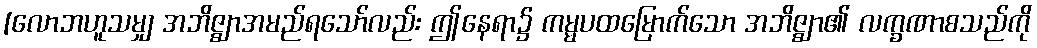
[လောဘဟူသမျှ အဘိဇ္ဈာအမည်ရသော်လည်း ဤနေရာ၌ ကမ္မပထမြောက်သော အဘိဇ္ဈာ၏ လက္ခဏာစသည်ကို